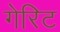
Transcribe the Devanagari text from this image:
गेरिट